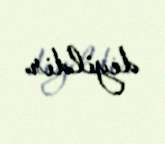
deyildir.